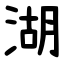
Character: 湖